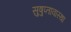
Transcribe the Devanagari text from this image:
सुषुप्तावास्था